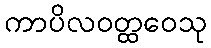
ကာပိလဝတ္ထဝေသု